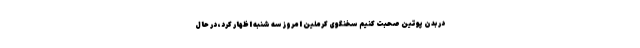
در بدن پوتین صحبت کنیم سخنگوی کرملین امروز سه شنبه اظهار کرد، در حال